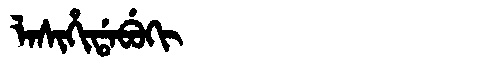
Manchu: ᠯᠠᠰᡳᡥᡳᡩᠠᠪᡠᡴᡳ
Romanization: LASIHIDABUKI